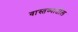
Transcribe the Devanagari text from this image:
वास्तव्यातील